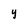
Character: Y